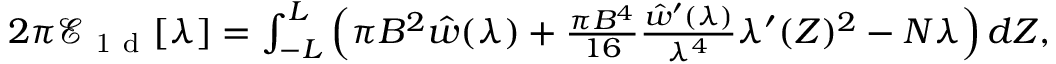
\begin{array} { r } { 2 \pi \mathcal { E } _ { \mathrm { ~ 1 ~ d ~ } } [ \lambda ] = \int _ { - L } ^ { L } \Big ( \pi B ^ { 2 } \hat { w } ( \lambda ) + \frac { \pi B ^ { 4 } } { 1 6 } \frac { \hat { w } ^ { \prime } ( \lambda ) } { \lambda ^ { 4 } } \lambda ^ { \prime } ( Z ) ^ { 2 } - N \lambda \Big ) \, d Z , } \end{array}